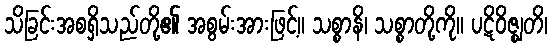
သိခြင်းအစရှိသည်တို့၏ အစွမ်းအားဖြင့်။ သစ္စာနိ၊ သစ္စာတို့ကို။ ပဋိဝိဇ္ဈတိ၊